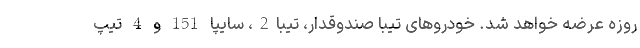
روزه عرضه خواهد شد. خودروهای تیبا صندوقدار، تیبا2، سایپا 151 و 4 تیپ